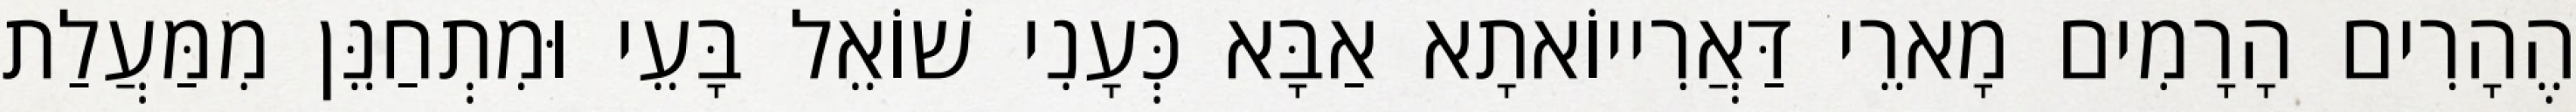
הֶהָרִים הָרָמִים מָארֵי דַּאֲרִייוֹאתָא אַבָּא כְּעָנִי שׁוֹאֵל בָּעֵי וּמִתְחַנֵּן מִמַּעֲלַת